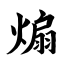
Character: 煽